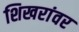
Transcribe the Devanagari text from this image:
शिखरांवर